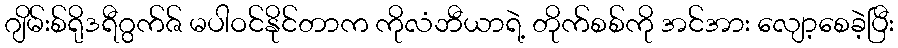
ဂျိမ်းစ်ရိုဒရီဂွက်ဇ် မပါဝင်နိုင်တာက ကိုလံဘီယာရဲ့ တိုက်စစ်ကို အင်အား လျော့စေခဲ့ပြီး